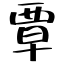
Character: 覃